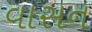
વાસન